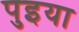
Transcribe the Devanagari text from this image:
पुइया